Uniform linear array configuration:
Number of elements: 64
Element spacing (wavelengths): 1
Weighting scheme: binomial
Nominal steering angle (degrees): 0
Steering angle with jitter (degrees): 1.648
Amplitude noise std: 0.05
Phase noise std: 0.05

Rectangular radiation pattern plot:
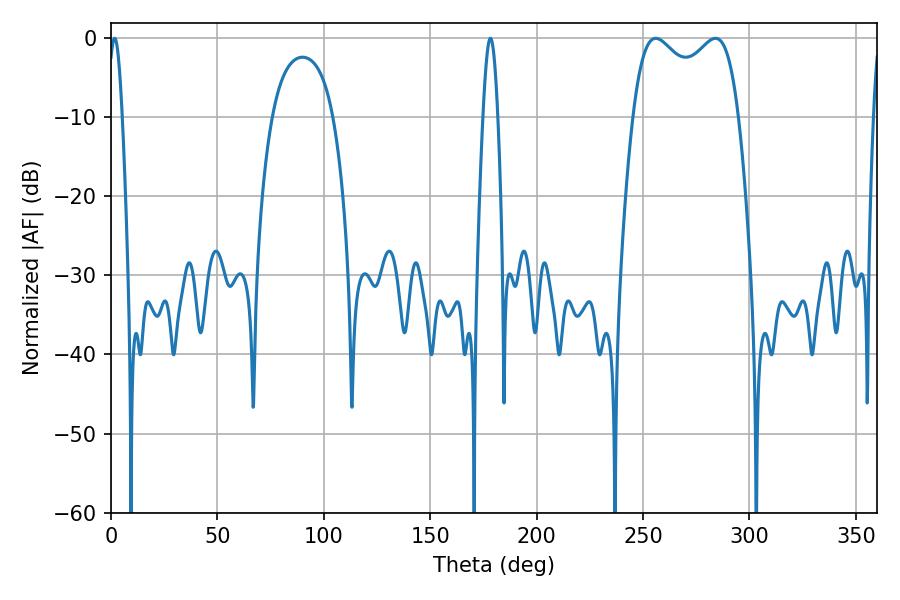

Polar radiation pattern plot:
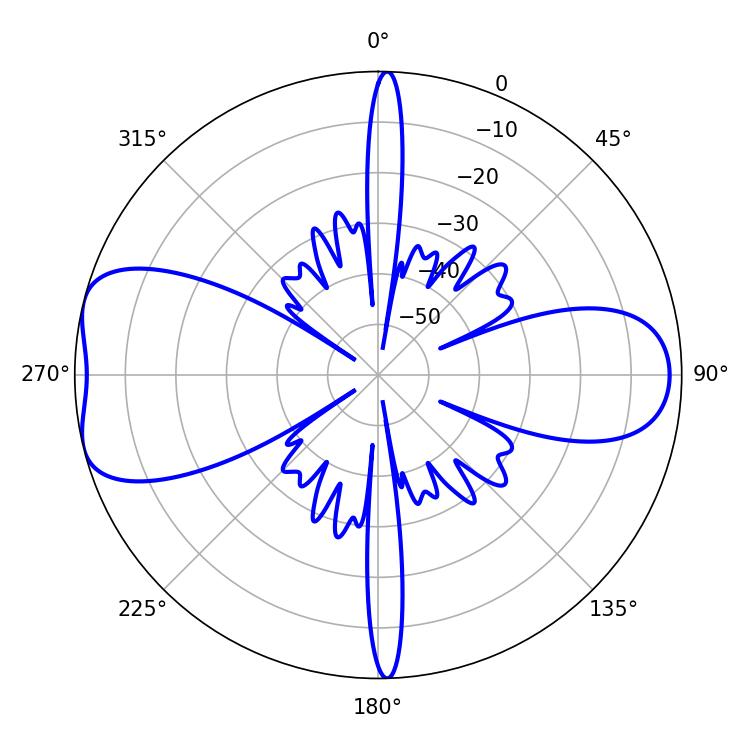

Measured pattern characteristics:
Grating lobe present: TRUE
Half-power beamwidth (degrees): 41.04
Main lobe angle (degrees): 255.96